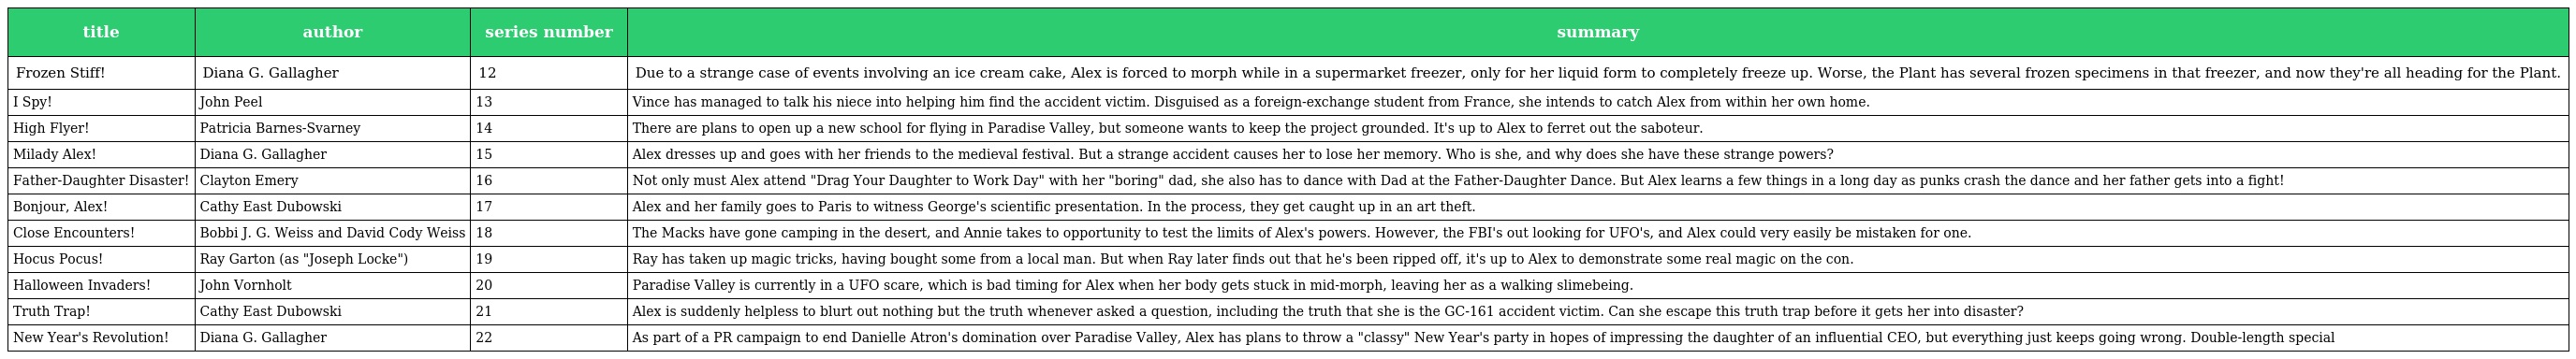
| title | author | series number | summary |
 | --- | --- | --- | --- |
 | Frozen Stiff! | Diana G. Gallagher | 12 | Due to a strange case of events involving an ice cream cake, Alex is forced to morph while in a supermarket freezer, only for her liquid form to completely freeze up. Worse, the Plant has several frozen specimens in that freezer, and now they're all heading for the Plant. |
 | I Spy! | John Peel | 13 | Vince has managed to talk his niece into helping him find the accident victim. Disguised as a foreign-exchange student from France, she intends to catch Alex from within her own home. |
 | High Flyer! | Patricia Barnes-Svarney | 14 | There are plans to open up a new school for flying in Paradise Valley, but someone wants to keep the project grounded. It's up to Alex to ferret out the saboteur. |
 | Milady Alex! | Diana G. Gallagher | 15 | Alex dresses up and goes with her friends to the medieval festival. But a strange accident causes her to lose her memory. Who is she, and why does she have these strange powers? |
 | Father-Daughter Disaster! | Clayton Emery | 16 | Not only must Alex attend "Drag Your Daughter to Work Day" with her "boring" dad, she also has to dance with Dad at the Father-Daughter Dance. But Alex learns a few things in a long day as punks crash the dance and her father gets into a fight! |
 | Bonjour, Alex! | Cathy East Dubowski | 17 | Alex and her family goes to Paris to witness George's scientific presentation. In the process, they get caught up in an art theft. |
 | Close Encounters! | Bobbi J. G. Weiss and David Cody Weiss | 18 | The Macks have gone camping in the desert, and Annie takes to opportunity to test the limits of Alex's powers. However, the FBI's out looking for UFO's, and Alex could very easily be mistaken for one. |
 | Hocus Pocus! | Ray Garton (as "Joseph Locke") | 19 | Ray has taken up magic tricks, having bought some from a local man. But when Ray later finds out that he's been ripped off, it's up to Alex to demonstrate some real magic on the con. |
 | Halloween Invaders! | John Vornholt | 20 | Paradise Valley is currently in a UFO scare, which is bad timing for Alex when her body gets stuck in mid-morph, leaving her as a walking slimebeing. |
 | Truth Trap! | Cathy East Dubowski | 21 | Alex is suddenly helpless to blurt out nothing but the truth whenever asked a question, including the truth that she is the GC-161 accident victim. Can she escape this truth trap before it gets her into disaster? |
 | New Year's Revolution! | Diana G. Gallagher | 22 | As part of a PR campaign to end Danielle Atron's domination over Paradise Valley, Alex has plans to throw a "classy" New Year's party in hopes of impressing the daughter of an influential CEO, but everything just keeps going wrong. Double-length special |